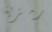
رمزية